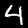
Digit: 4